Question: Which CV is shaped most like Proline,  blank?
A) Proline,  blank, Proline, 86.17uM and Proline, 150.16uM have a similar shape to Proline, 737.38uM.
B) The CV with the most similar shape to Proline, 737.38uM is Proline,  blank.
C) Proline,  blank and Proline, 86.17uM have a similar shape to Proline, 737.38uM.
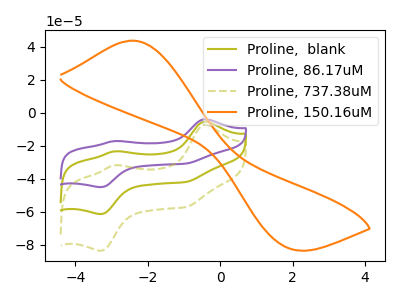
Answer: <think>The olive curve "Proline,  blank" has anodic peaks at (-0.40V, -5.30uA) (-2.95V, -23.35uA) and cathodic peaks at (-3.30V, -61.35uA) (-0.95V, -41.90uA). The purple curve "Proline, 86.17uM" has anodic peaks at (-0.40V, -10.60uA) (-2.95V, -46.75uA) and cathodic peaks at (-3.30V, -122.70uA) (-0.95V, -83.75uA). The olive dashed curve "Proline, 737.38uM" has anodic peaks at (-0.40V, -7.20uA) (-2.95V, -31.85uA) and cathodic peaks at (-3.30V, -83.60uA) (-0.95V, -57.05uA). The orange curve "Proline, 150.16uM" has an anodic peak at (-2.45V, 43.70uA) and a cathodic peak at (1.90V, -81.95uA).
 All the peaks in "Proline,  blank" have a peak in "Proline, 86.17uM" at the same potential. All the peaks in "Proline,  blank" have a peak in "Proline, 737.38uM" at the same potential. "Proline,  blank" and "Proline, 150.16uM" have a different number of peaks. All the peaks in "Proline, 86.17uM" have a peak in "Proline, 737.38uM" at the same potential. "Proline, 86.17uM" and "Proline, 150.16uM" have a different number of peaks. "Proline, 737.38uM" and "Proline, 150.16uM" have a different number of peaks.</think>
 <answer>C) "Proline,  blank" and "Proline, 86.17uM" have a similar shape to "Proline, 737.38uM".</answer>
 <eval>C</eval>